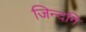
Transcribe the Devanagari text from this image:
जिन्दगि